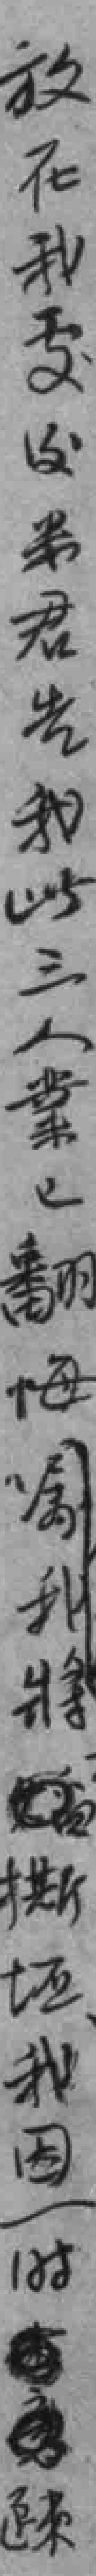
放在我處後米君告我此三人業已翻悔嘱我将其撕*我因一时*